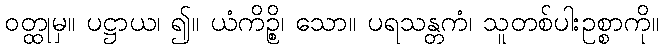
ဝတ္ထုမှ။ ပဋ္ဌာယ၊ ၍။ ယံကိဉ္စိ၊ သော။ ပရသန္တကံ၊ သူတစ်ပါးဥစ္စာကို။